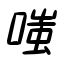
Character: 嗤